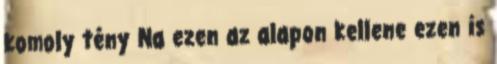
komoly tény Na ezen az alapon kellene ezen is